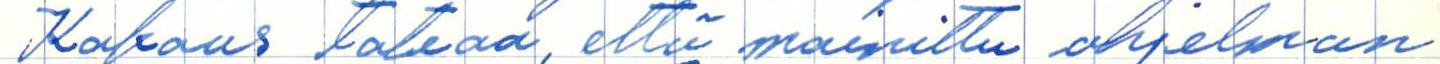
Kokous toteaa, että mainittu ohjelman